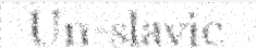
Un-slavic